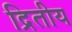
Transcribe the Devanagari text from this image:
द्रितीय